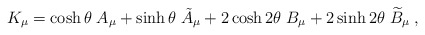
\begin{align*}K_\mu =\cosh \theta \;A_\mu +\sinh \theta \;\tilde A_\mu +2\cosh2\theta \;B_\mu +2\sinh 2\theta \;\widetilde B_\mu \;,\end{align*}